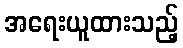
အရေးယူထားသည့်